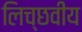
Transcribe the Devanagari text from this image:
लिच्छवीय